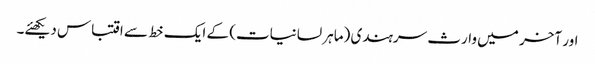
اور آخر میں وارث سرہندی (ماہر لسانیات) کے ایک خط سے اقتباس دیکھئے۔